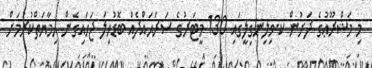
މި މަޝްރޫޢުގެ ދަށުން ކ.ވިލިނގިލީގައި 130 މީޓަރުގެ ސަރަޙައްދެއް ބޮޑުހިލަ ޖަހައިގެން ޙިމާޔަތްކުރުމަށް